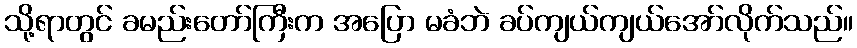
သို့ရာတွင် ခမည်းတော်ကြီးက အပြော မခံဘဲ ခပ်ကျယ်ကျယ်အော်လိုက်သည်။